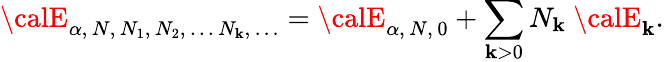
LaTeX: {\calE}_{\alpha,\, N,\, N_{1},\, N_{2},\, \dots\, N_{\mathbf{k}},\, \dots}={\calE}_{\alpha,\, N,\, 0}+\sum_{\mathbf{k}>0}N_{\mathbf{k}}\ {\calE}_{\mathbf{k}}.